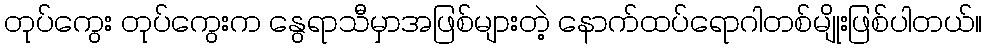
တုပ်ကွေး တုပ်ကွေးက နွေရာသီမှာအဖြစ်များတဲ့ နောက်ထပ်ရောဂါတစ်မျိုးဖြစ်ပါတယ်။